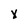
Character: x